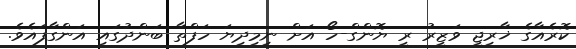
ކޮރެއާގެ ޚާރިޖީ ވަޒީރު ރީ ޔޮންގް-ހޯ އަށް ނިމިދިޔަ ހަފްތާ ބަންދުގައި އަންގާފައެވެ.